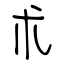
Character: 朮